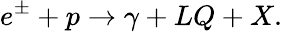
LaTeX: e^{\pm}+p\rightarrow\gamma+LQ+X.